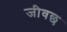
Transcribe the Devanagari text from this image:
जीवछ